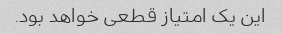
این یک امتیاز قطعی خواهد بود.